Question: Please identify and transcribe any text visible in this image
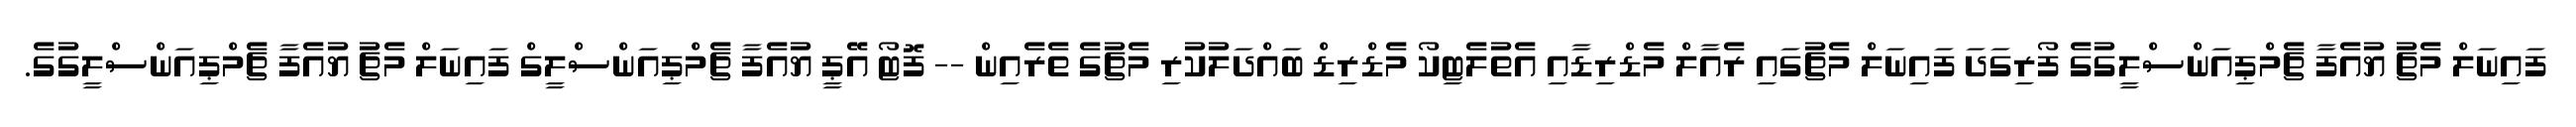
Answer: ފައިނަލް މެޗު ޔުއެފާ ޗެމްޕިއަންސްލީގުގެ ފޯރިގަދަ ފައިނަލް މެޗުގައި ރެއާލް މެޑްރިޑާއި އެތުލެޓިކޯ މެޑްރިޑް ބައްދަލުކުރި މެޗުގެ ތެރެއިން -- ފޮޓޯ އޭޕީ ޔުއެފާ ޗެމްޕިއަންސްލީގް ފައިނަލް މެޗު ޔުއެފާ ޗެމްޕިއަންސްލީގުގެ.